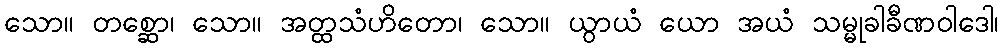
သော။ တစ္ဆော၊ သော။ အတ္ထသံဟိတော၊ သော။ ယွာယံ ယော အယံ သမ္မုခါခီဏဝါဒေါ၊